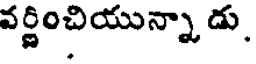
వర్ణించియున్నా డు